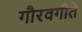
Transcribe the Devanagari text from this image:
गौरवगीते